Scottish Leaving Certificate Examination, 1953
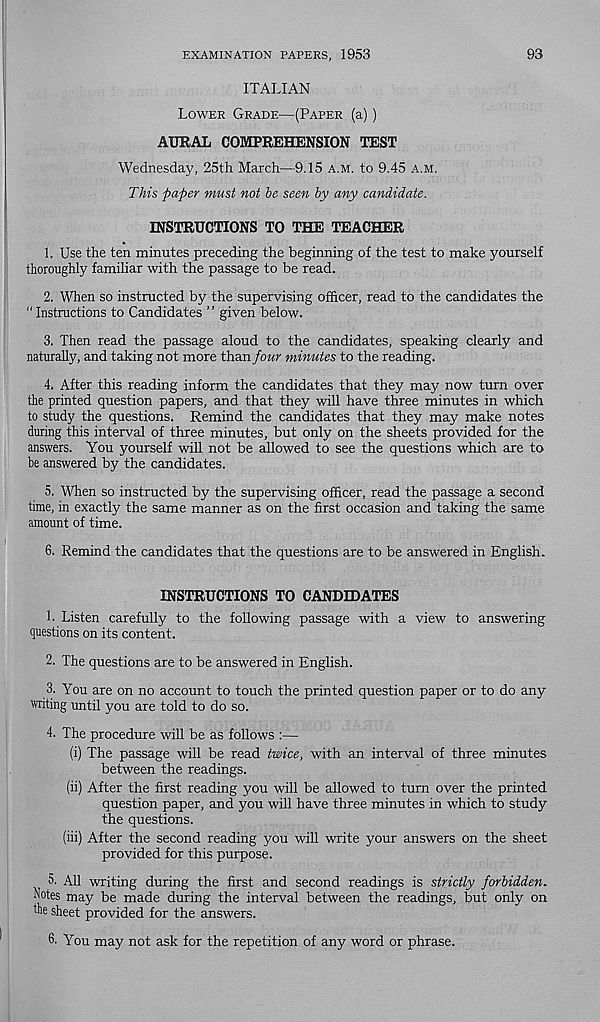
EXAMINATION PAPERS, 1953
93
ITALIAN
Lower Grade—(Paper (a))
AURAL COMPREHENSION TEST
Wednesday, 25th March—-9.15 a.m. to 9.45 a.m.
This paper must not he seen hy any candidate.
INSTRUCTIONS TO THE TEACHER
1. Use the ten minutes preceding the beginning of the test to make yourself
thoroughly familiar with the passage to be read.
2. When so instructed by the supervising officer, read to the candidates the
" Instructions to Candidates ” given below.
3. Then read the passage aloud to the candidates, speaking clearly and
naturally, and taking not more than/owr minutes to the reading.
4. After this reading inform the candidates that they may now turn over
the printed question papers, and that they will have three minutes in which
to study the questions. Remind the candidates that they may make notes
during this interval of three minutes, but only on the sheets provided for the
answers. You yourself will not be allowed to see the questions which are to
be answered by the candidates.
5. When so instructed by the supervising officer, read the passage a second
time, in exactly the same manner as on the first occasion and taking the same
amount of time.
6. Remind the candidates that the questions are to be answered in English.
INSTRUCTIONS TO CANDIDATES
1. Listen carefully to the following passage with a view to answering
questions on its content.
2. The questions are to be answered in English.
3. You are on no account to touch the printed question paper or to do any
writing until you are told to do so.
4. The procedure will be as follows :—
(i) The passage will be read twice, with an interval of three minutes
between the readings.
(ii) After the first reading you will be allowed to turn over the printed
question paper, and you will have three minutes in which to study
the questions.
(hi) After the second reading you will write your answers on the sheet
provided for this purpose.
5. All writing during the first and second readings is strictly forbidden.
Notes may be made during the interval between the readings, but only on
the sheet provided for the answers.
6. You may not ask for the repetition of any word or phrase.